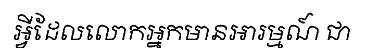
អ្វីដែលលោកអ្នកមានអារម្មណ៍ ជា